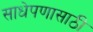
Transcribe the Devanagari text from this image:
साधेपणासाठी